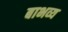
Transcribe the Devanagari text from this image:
बाभव्य